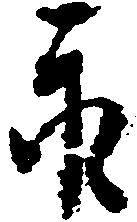
永